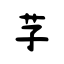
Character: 芓